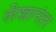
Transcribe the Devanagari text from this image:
लेखानंतर